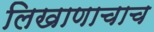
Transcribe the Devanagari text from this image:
लिखाणाचाच